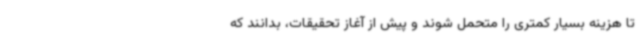
تا هزینه بسیار کمتری را متحمل شوند و پیش از آغاز تحقیقات، بدانند که